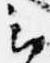
云